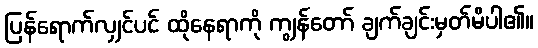
ပြန်ရောက်လျှင်ပင် ထိုနေရာကို ကျွန်တော် ချက်ချင်းမှတ်မိပါ၏။